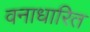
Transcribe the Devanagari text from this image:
वनाधारित